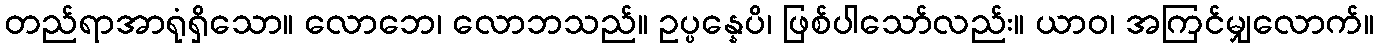
တည်ရာအာရုံရှိသော။ လောဘေ၊ လောဘသည်။ ဥပ္ပန္နေပိ၊ ဖြစ်ပါသော်လည်း။ ယာဝ၊ အကြင်မျှလောက်။